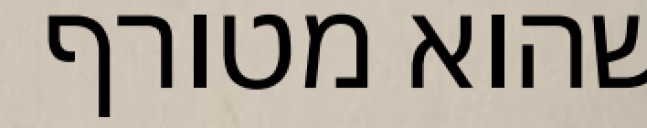
שהוא מטורף